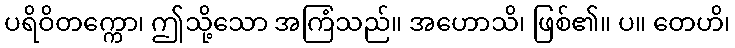
ပရိဝိတက္ကော၊ ဤသို့သော အကြံသည်။ အဟောသိ၊ ဖြစ်၏။ ပ။ တေဟိ၊